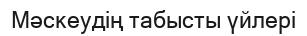
Мәскеудің табысты үйлері